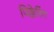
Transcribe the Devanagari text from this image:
पिक्केरिंग